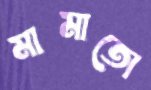
মামাতো